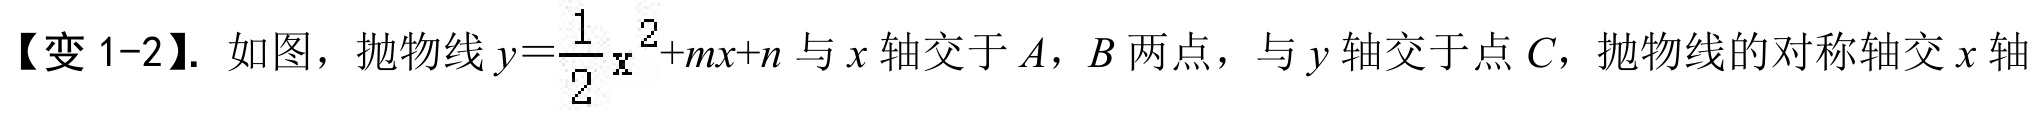
【变 1-2】. 如图，抛物线\(y = \frac{1}{2}x^{2}+mx + n\)与\(x\)轴交于\(A\)，\(B\)两点，与\(y\)轴交于点\(C\)，抛物线的对称轴交\(x\)轴